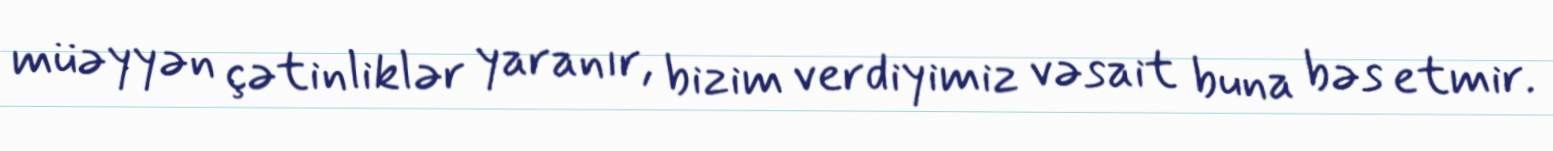
müəyyən çətinliklər yaranır, bizim verdiyimiz vəsait buna bəs etmir.